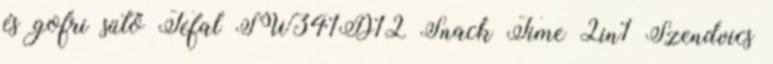
és gofri sütő Tefal SW341D12 Snack Time 2in1 Szendvics